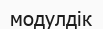
модулдік